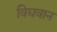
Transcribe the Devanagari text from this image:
विद्यवान